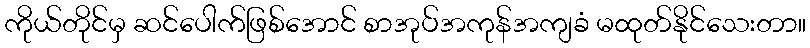
ကိုယ်တိုင်မှ ဆင်ပေါက်ဖြစ်အောင် စာအုပ်အကုန်အကျခံ မထုတ်နိုင်သေးတာ။